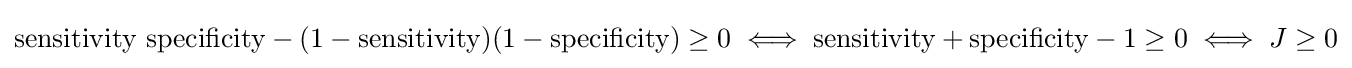
\mathrm {sensitivity} \ \mathrm {specificity} -(1-\mathrm {sensitivity} )(1-\mathrm {specificity} )\geq 0\iff \mathrm {sensitivity} +\mathrm {specificity} -1\geq 0\iff J\geq 0